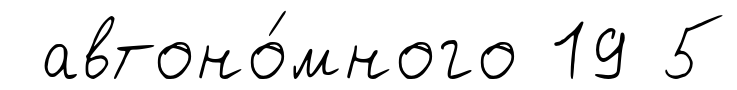
автоно́много 19 5